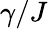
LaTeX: \gamma/J